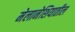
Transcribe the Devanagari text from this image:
मेलानेशियातील